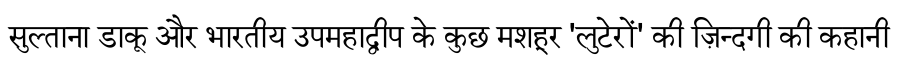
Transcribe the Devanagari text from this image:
सुल्ताना डाकू और भारतीय उपमहाद्वीप के कुछ मशहूर 'लुटेरों' की ज़िन्दगी की कहानी